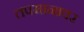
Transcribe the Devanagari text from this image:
तपमानावर